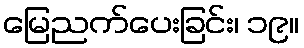
မြေညက်ပေးခြင်း၊ ၁၉။